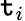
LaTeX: \mathtt{t}_{i}